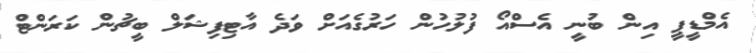
އެމްޑީޕީ އިން ބުނީ އެސްއޯ ފުލުހުން ހަރުގެއަށް ވަދެ އާޓިފިޝަލް ބީޗުން ކަރަންޓް